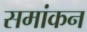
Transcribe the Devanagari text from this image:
समांकन